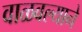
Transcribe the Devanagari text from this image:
वाळवल्याने